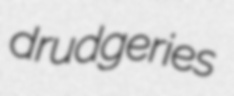
drudgeries